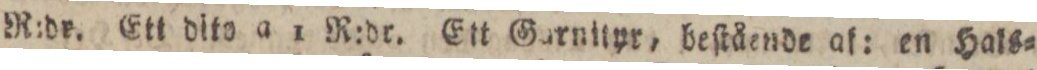
R:dr. Ett dito a 1 R:dr. Ett Garnityr, beſtående af: en Hals=